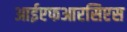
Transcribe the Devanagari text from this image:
आईएफआरसिएस